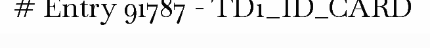
# Entry 91787 - TD1_ID_CARD